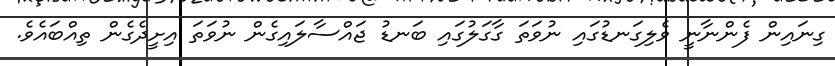
ގިނައިން ފެންނާނީ ވެލިގަނޑުގައި ނުވަތަ ގާގަލުގައި ބަނޑު ޖައްސާލައިގެން ނުވަތަ އިށީދެގެން ތިއްބައެވެ.